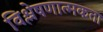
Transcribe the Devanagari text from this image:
विश्लेषणात्मकता